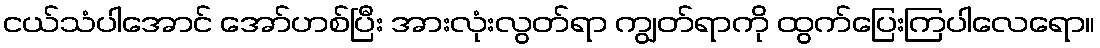
ငယ်သံပါအောင် အော်ဟစ်ပြီး အားလုံးလွတ်ရာ ကျွတ်ရာကို ထွက်ပြေးကြပါလေရော။